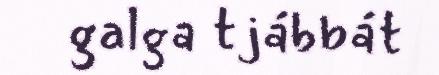
galga tjábbát